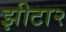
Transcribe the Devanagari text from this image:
झीटा२